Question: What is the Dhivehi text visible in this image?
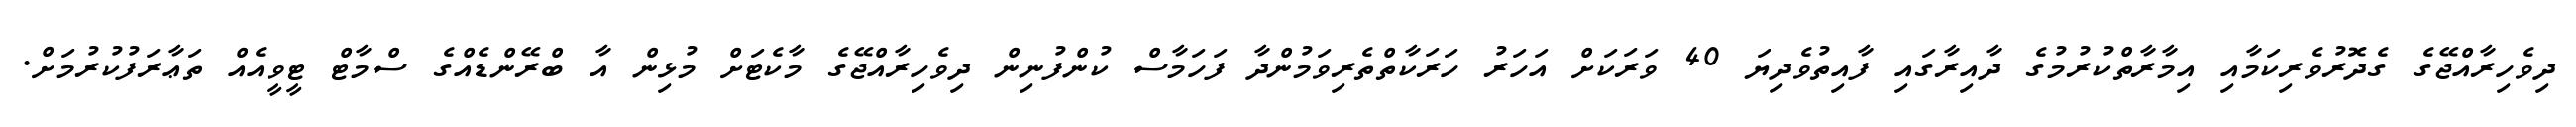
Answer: ދިވެހިރާއްޖޭގެ ގެދޮރުވެރިކަމާއި އިމާރާތްކުރުމުގެ ދާއިރާގައި ފާއިތުވެދިޔަ 40 ވަރަކަށް އަހަރު ހަރަކާތްތެރިވަމުންދާ ފަހަމާސް ކުންފުނިން ދިވެހިރާއްޖޭގެ މާކެޓަށް މުޅިން އާ ބްރޭންޑެއްގެ ސްމާޓް ޓީވީއެއް ތަޢާރަފުކުރުމަށް.